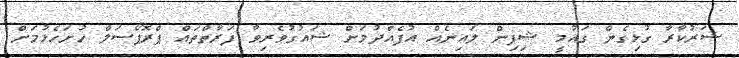
ސަރުކާރާ ގުޅިގެން ގައުމީ ޝިޕިން ލައިނެއް އުފެއްދުމަށް ޝައުގުވެރިވާ ފަރާތްތައް ޕްރޮޕޯސަލް ހުށަހެޅުމަށް